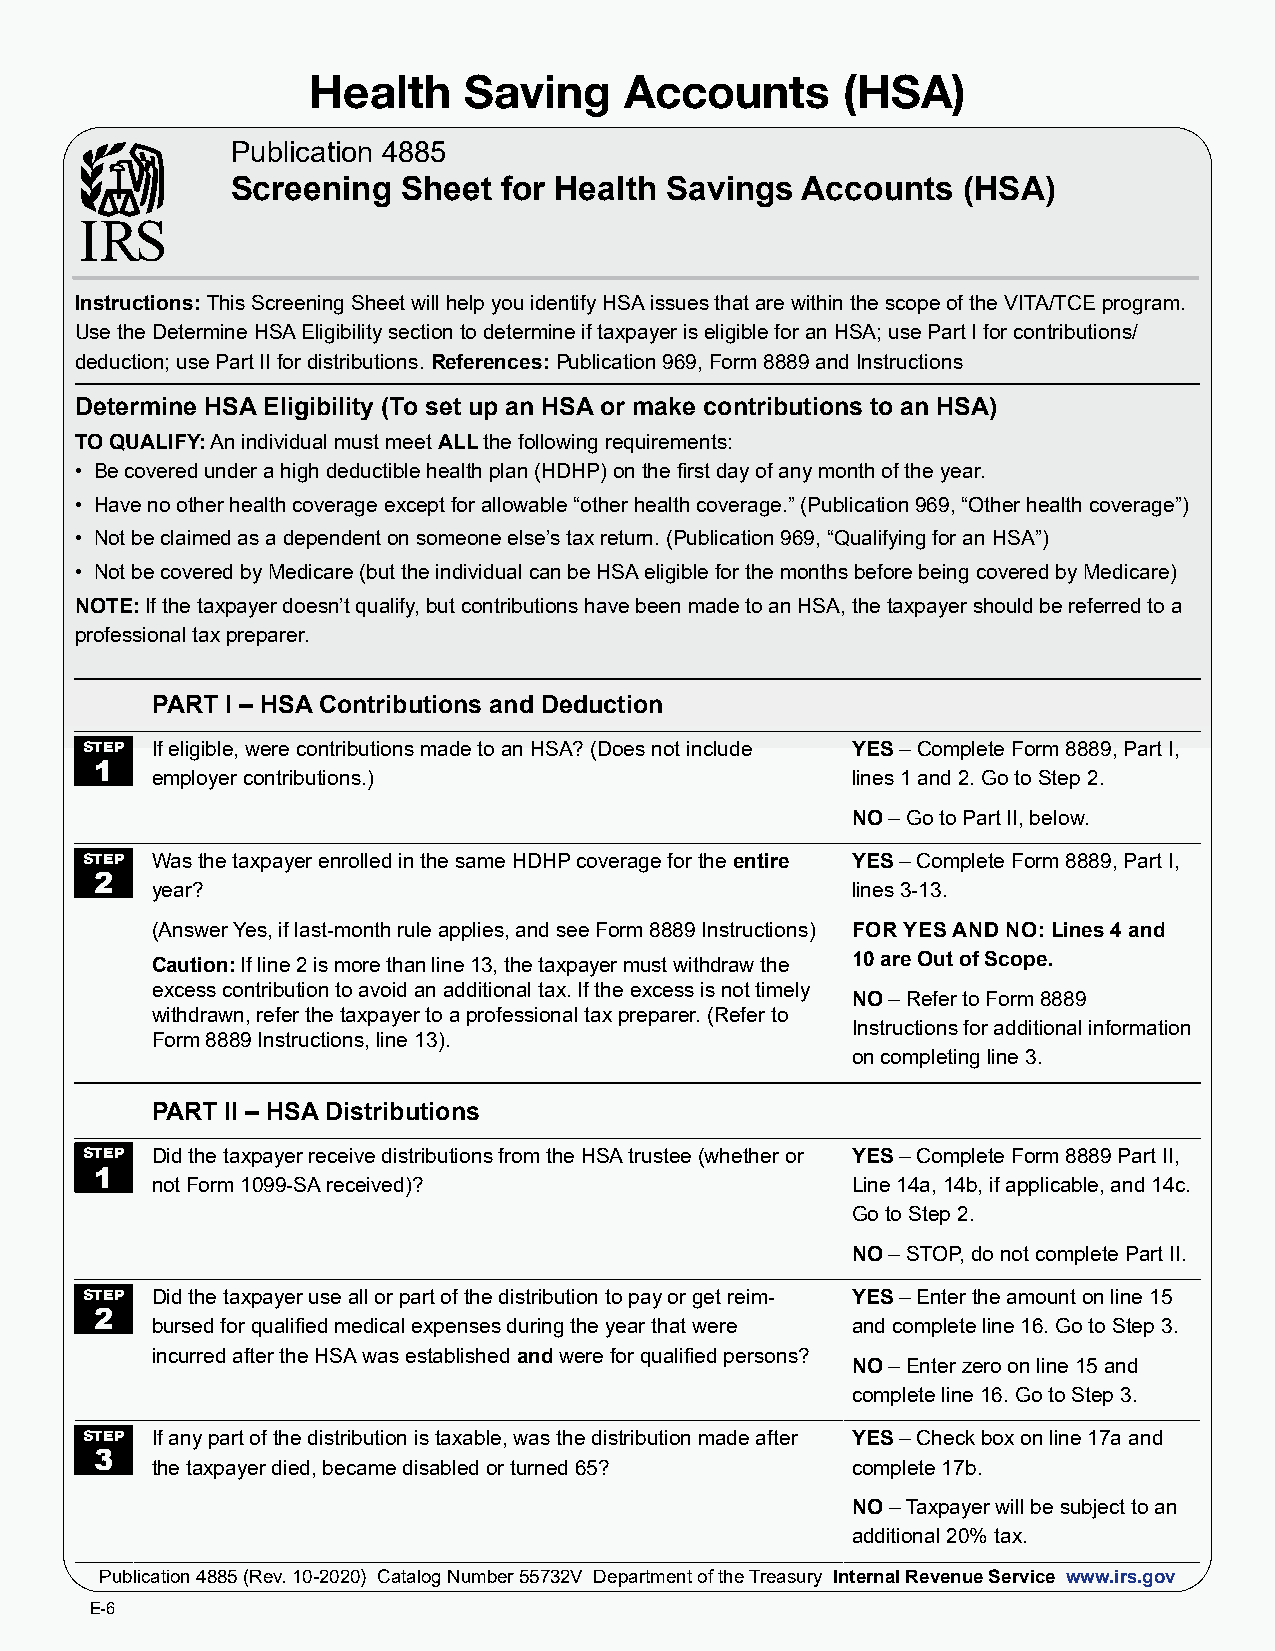
Health     Saving    Accounts       (HSA)
 Publication 4885
 Screening   Sheet for Health Savings  Accounts   (HSA)
 Instructions: This Screening Sheet will help you identify HSA issues that are within the scope of the VITA/TCE program.
 Use the Determine HSA Eligibility section to determine if taxpayer is eligible for an HSA; use Part I for contributions/
 deduction; use Part II for distributions. References: Publication 969, Form 8889 and Instructions
 Determine HSA Eligibility (To set up an HSA or make contributions to an HSA)
 TO QUALIFY: An individual must meet ALL the following requirements:
 • Be covered under a high deductible health plan (HDHP) on the first day of any month of the year.
 • Have no other health coverage except for allowable “other health coverage.” (Publication 969, “Other health coverage”)
 • Not be claimed as a dependent on someone else’s tax return. (Publication 969, “Qualifying for an HSA”)
 • Not be covered by Medicare (but the individual can be HSA eligible for the months before being covered by Medicare)
 NOTE: If the taxpayer doesn’t qualify, but contributions have been made to an HSA, the taxpayer should be referred to a
 professional tax preparer.
 PART I – HSA Contributions and Deduction
 STEP If eligible, were contributions made to an HSA? (Does not include YES – Complete Form 8889, Part I,
 1
 employer contributions.)                      lines 1 and 2. Go to Step 2.
 NO – Go to Part II, below.
 STEP Was the taxpayer enrolled in the same HDHP coverage for the entire YES – Complete Form 8889, Part I,
 2
 year?                                         lines 3-13.
 (Answer Yes, if last-month rule applies, and see Form 8889 Instructions) FOR YES AND NO: Lines 4 and
 Caution: If line 2 is more than line 13, the taxpayer must withdraw the 10 are Out of Scope.
 excess contribution to avoid an additional tax. If the excess is not timely
 NO – Refer to Form 8889
 withdrawn, refer the taxpayer to a professional tax preparer. (Refer to
 Instructions for additional information
 Form 8889 Instructions, line 13).
 on completing line 3.
 PART II – HSA Distributions
 STEP Did the taxpayer receive distributions from the HSA trustee (whether or YES – Complete Form 8889 Part II,
 1
 not Form 1099-SA received)?                   Line 14a, 14b, if applicable, and 14c.
 Go to Step 2.
 NO – STOP, do not complete Part II.
 STEP Did the taxpayer use all or part of the distribution to pay or get reim- YES – Enter the amount on line 15
 2
 bursed for qualified medical expenses during the year that were and complete line 16. Go to Step 3.
 incurred after the HSA was established and were for qualified persons?
 NO – Enter zero on line 15 and
 complete line 16. Go to Step 3.
 STEP If any part of the distribution is taxable, was the distribution made after YES – Check box on line 17a and
 3
 the taxpayer died, became disabled or turned 65? complete 17b.
 NO – Taxpayer will be subject to an
 additional 20% tax.
 Publication 4885 (Rev. 10-2020) Catalog Number 55732V Department of the Treasury Internal Revenue Service www.irs.gov
 E-6